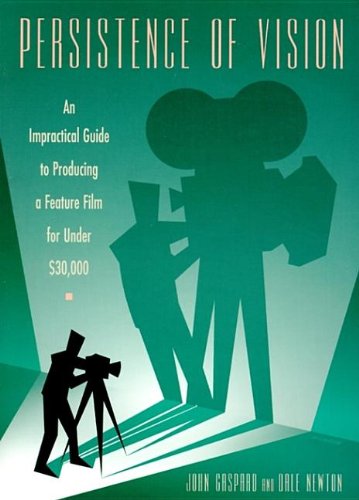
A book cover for Persistence of Vision: An Impractical Guide to Producing a Feature Film for Under $30,000; John Gaspard; Humor & Entertainment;